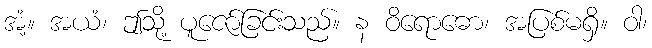
အံ့။ အယံ၊ ဤသို့ ပူဇော်ခြင်းသည်။ န ဝိရောဓော၊ အပြစ်မရှိ။ ဝါ၊